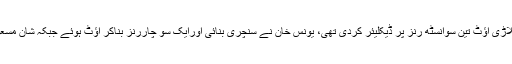
اس سے قبل پاکستان نے پہلی اننگز آٹھ کھلاڑی آؤٹ تین سوانسٹھ رنز پر ڈیکلیئر کردی تھی، یونس خان نے سنچری بنائی اورایک سو چاررنز بناکر آؤٹ ہوئے جبکہ شان مسعود اور اسد شفیق نے نصف سنچریاں بنائی۔